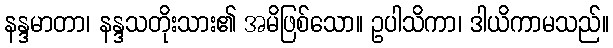
နန္ဒမာတာ၊ နန္ဒသတိုးသား၏ အမိဖြစ်သော။ ဥပါသိကာ၊ ဒါယိကာမသည်။